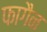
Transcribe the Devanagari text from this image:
फागैन